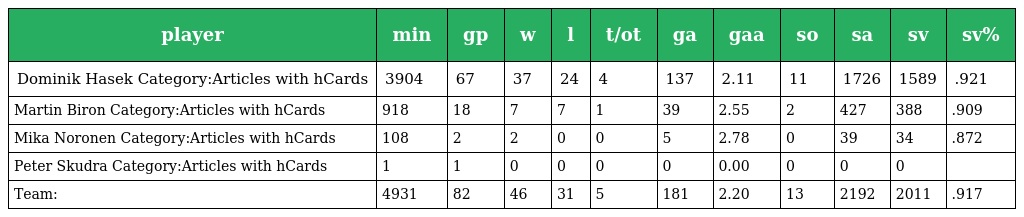
| player | min | gp | w | l | t/ot | ga | gaa | so | sa | sv | sv% |
 | --- | --- | --- | --- | --- | --- | --- | --- | --- | --- | --- | --- |
 | Dominik Hasek Category:Articles with hCards | 3904 | 67 | 37 | 24 | 4 | 137 | 2.11 | 11 | 1726 | 1589 | .921 |
 | Martin Biron Category:Articles with hCards | 918 | 18 | 7 | 7 | 1 | 39 | 2.55 | 2 | 427 | 388 | .909 |
 | Mika Noronen Category:Articles with hCards | 108 | 2 | 2 | 0 | 0 | 5 | 2.78 | 0 | 39 | 34 | .872 |
 | Peter Skudra Category:Articles with hCards | 1 | 1 | 0 | 0 | 0 | 0 | 0.00 | 0 | 0 | 0 |  |
 | Team: | 4931 | 82 | 46 | 31 | 5 | 181 | 2.20 | 13 | 2192 | 2011 | .917 |